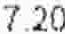
7.20